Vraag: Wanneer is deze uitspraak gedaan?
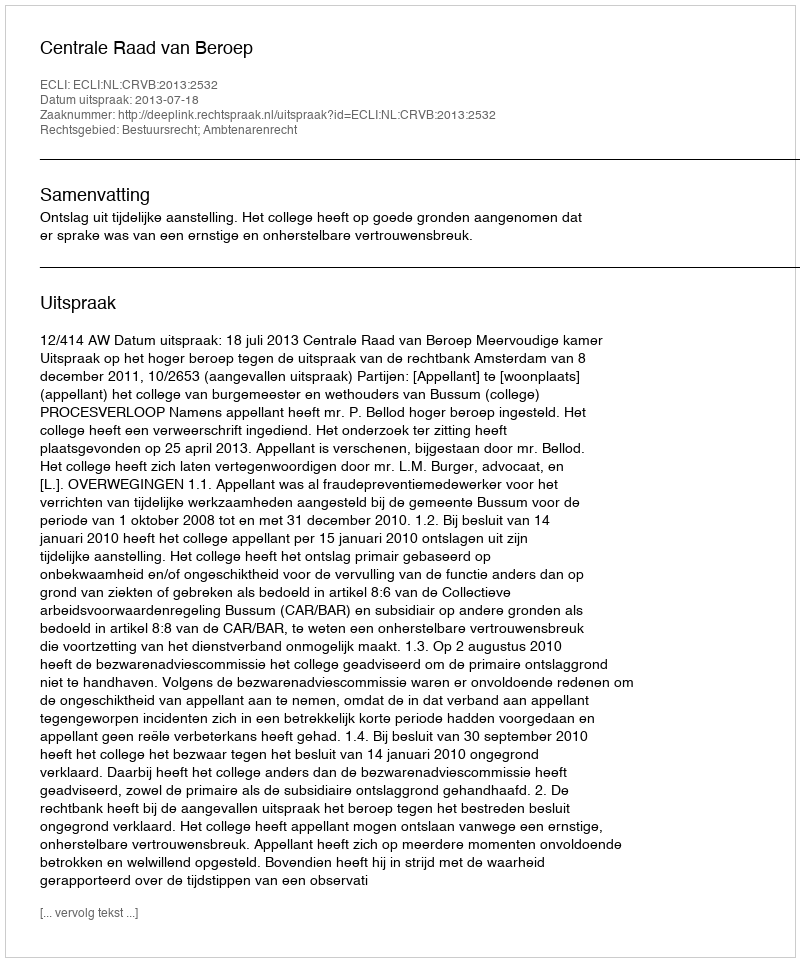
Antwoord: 2013-07-18